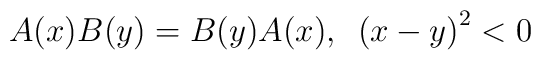
A(x)B(y)=B(y)A(x),\,\,\,\left( x-y\right) ^{2}<0